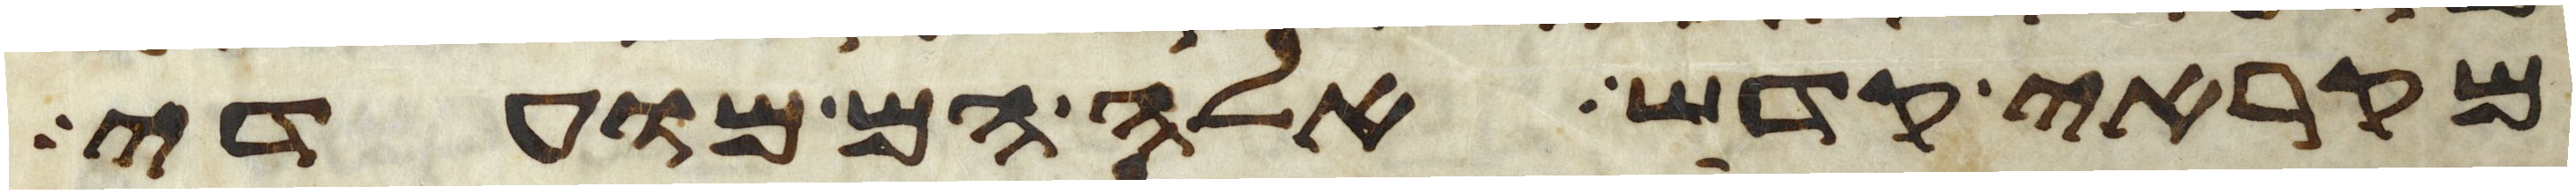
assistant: מקראי קדש אלה הם מועדי